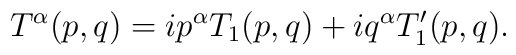
T^{\alpha}(p,q)=ip^{\alpha}T_1(p,q)+iq^{\alpha}T_1^{\prime}(p,q).